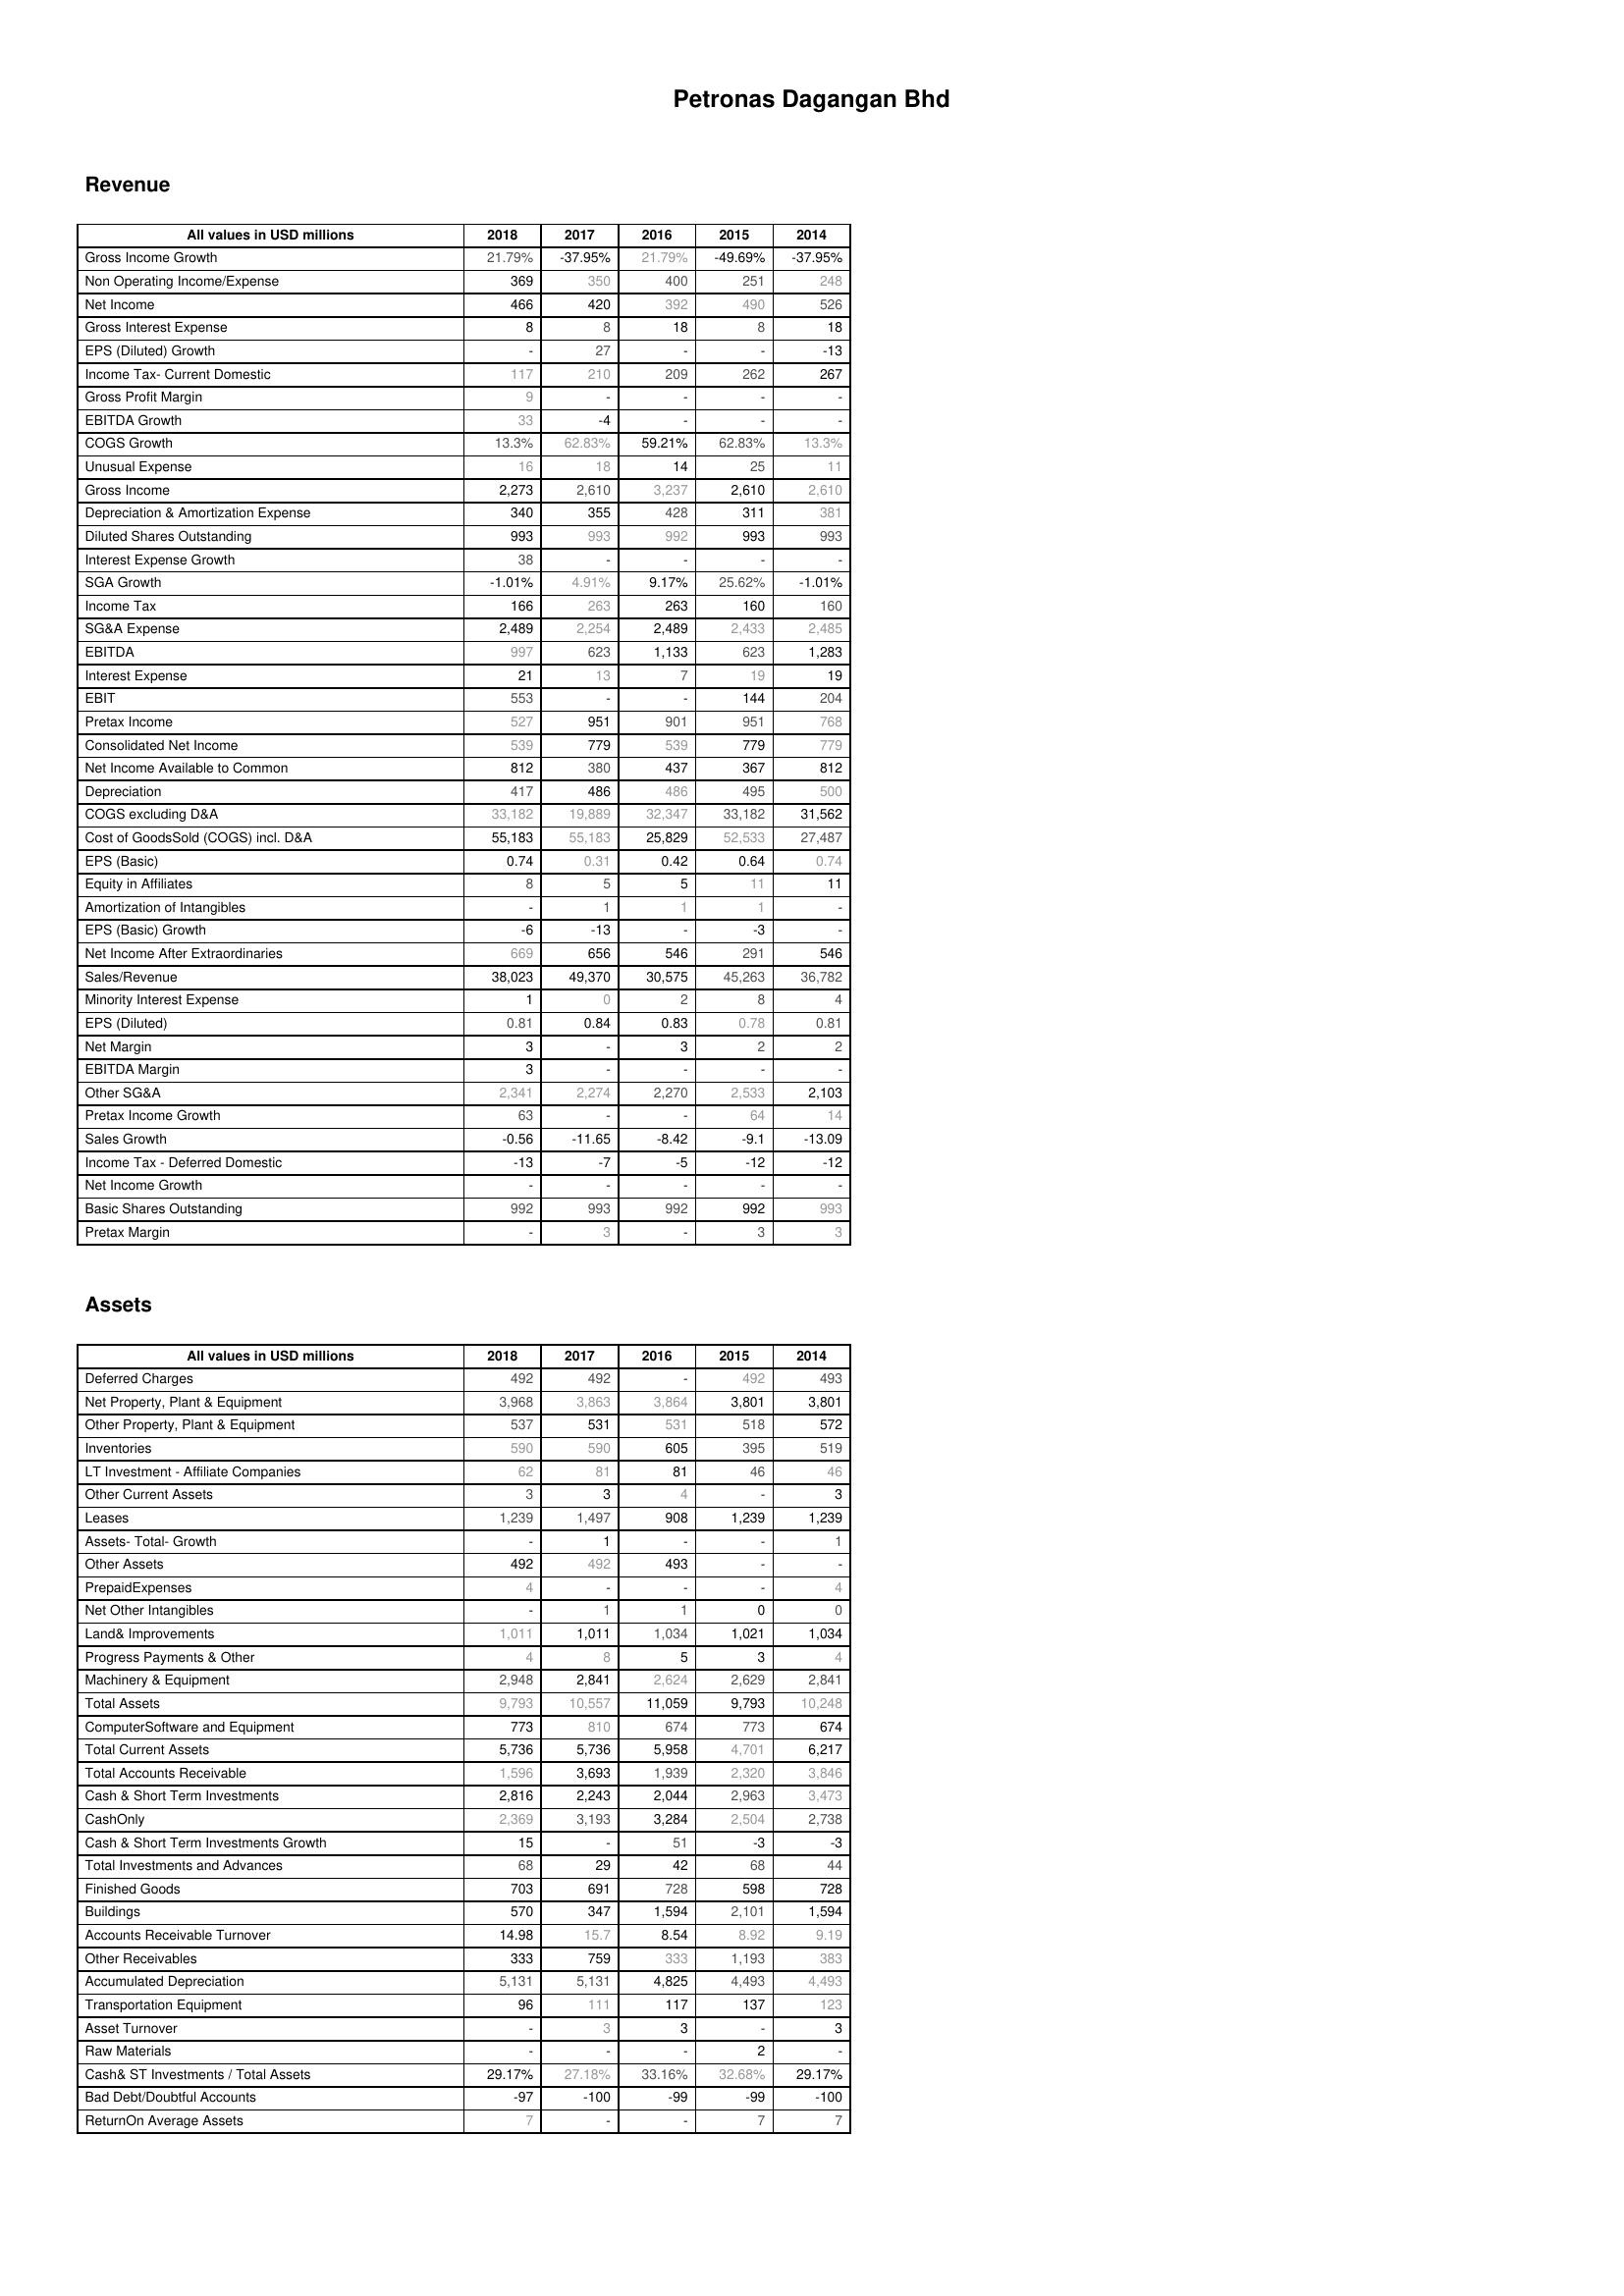
2018: Revenue: Gross Income Growth: 21.79%
Non Operating Income/Expense: 369
Net Income: 466
Gross Interest Expense: 8
EPS (Diluted) Growth: -
Income Tax- Current Domestic: 117
Gross Profit Margin: 9
EBITDA Growth: 33
COGS Growth: 13.3%
Unusual Expense: 16
Gross Income: 2,273
Depreciation & Amortization Expense: 340
Diluted Shares Outstanding: 993
Interest Expense Growth: 38
SGA Growth: -1.01%
Income Tax: 166
SG&A Expense: 2,489
EBITDA: 997
Interest Expense: 21
EBIT: 553
Pretax Income: 527
Consolidated Net Income: 539
Net Income Available to Common: 812
Depreciation: 417
COGS excluding D&A: 33,182
Cost of GoodsSold (COGS) incl. D&A: 55,183
EPS (Basic): 0.74
Equity in Affiliates: 8
Amortization of Intangibles: -
EPS (Basic) Growth: -6
Net Income After Extraordinaries: 669
Sales/Revenue: 38,023
Minority Interest Expense: 1
EPS (Diluted): 0.81
Net Margin: 3
EBITDA Margin: 3
Other SG&A: 2,341
Pretax Income Growth: 63
Sales Growth: -0.56
Income Tax - Deferred Domestic: -13
Net Income Growth: -
Basic Shares Outstanding: 992
Pretax Margin: -
Assets: Deferred Charges: 492
Net Property, Plant & Equipment: 3,968
Other Property, Plant & Equipment: 537
Inventories: 590
LT Investment - Affiliate Companies: 62
Other Current Assets: 3
Leases: 1,239
Assets- Total- Growth: -
Other Assets: 492
PrepaidExpenses: 4
Net Other Intangibles: -
Land& Improvements: 1,011
Progress Payments & Other: 4
Machinery & Equipment: 2,948
Total Assets: 9,793
ComputerSoftware and Equipment: 773
Total Current Assets: 5,736
Total Accounts Receivable: 1,596
Cash & Short Term Investments: 2,816
CashOnly: 2,369
Cash & Short Term Investments Growth: 15
Total Investments and Advances: 68
Finished Goods: 703
Buildings: 570
Accounts Receivable Turnover: 14.98
Other Receivables: 333
Accumulated Depreciation: 5,131
Transportation Equipment: 96
Asset Turnover: -
Raw Materials: -
Cash& ST Investments / Total Assets: 29.17%
Bad Debt/Doubtful Accounts: -97
ReturnOn Average Assets: 7
2017: Revenue: Gross Income Growth: -37.95%
Non Operating Income/Expense: 350
Net Income: 420
Gross Interest Expense: 8
EPS (Diluted) Growth: 27
Income Tax- Current Domestic: 210
Gross Profit Margin: -
EBITDA Growth: -4
COGS Growth: 62.83%
Unusual Expense: 18
Gross Income: 2,610
Depreciation & Amortization Expense: 355
Diluted Shares Outstanding: 993
Interest Expense Growth: -
SGA Growth: 4.91%
Income Tax: 263
SG&A Expense: 2,254
EBITDA: 623
Interest Expense: 13
EBIT: -
Pretax Income: 951
Consolidated Net Income: 779
Net Income Available to Common: 380
Depreciation: 486
COGS excluding D&A: 19,889
Cost of GoodsSold (COGS) incl. D&A: 55,183
EPS (Basic): 0.31
Equity in Affiliates: 5
Amortization of Intangibles: 1
EPS (Basic) Growth: -13
Net Income After Extraordinaries: 656
Sales/Revenue: 49,370
Minority Interest Expense: 0
EPS (Diluted): 0.84
Net Margin: -
EBITDA Margin: -
Other SG&A: 2,274
Pretax Income Growth: -
Sales Growth: -11.65
Income Tax - Deferred Domestic: -7
Net Income Growth: -
Basic Shares Outstanding: 993
Pretax Margin: 3
Assets: Deferred Charges: 492
Net Property, Plant & Equipment: 3,863
Other Property, Plant & Equipment: 531
Inventories: 590
LT Investment - Affiliate Companies: 81
Other Current Assets: 3
Leases: 1,497
Assets- Total- Growth: 1
Other Assets: 492
PrepaidExpenses: -
Net Other Intangibles: 1
Land& Improvements: 1,011
Progress Payments & Other: 8
Machinery & Equipment: 2,841
Total Assets: 10,557
ComputerSoftware and Equipment: 810
Total Current Assets: 5,736
Total Accounts Receivable: 3,693
Cash & Short Term Investments: 2,243
CashOnly: 3,193
Cash & Short Term Investments Growth: -
Total Investments and Advances: 29
Finished Goods: 691
Buildings: 347
Accounts Receivable Turnover: 15.7
Other Receivables: 759
Accumulated Depreciation: 5,131
Transportation Equipment: 111
Asset Turnover: 3
Raw Materials: -
Cash& ST Investments / Total Assets: 27.18%
Bad Debt/Doubtful Accounts: -100
ReturnOn Average Assets: -
2016: Revenue: Gross Income Growth: 21.79%
Non Operating Income/Expense: 400
Net Income: 392
Gross Interest Expense: 18
EPS (Diluted) Growth: -
Income Tax- Current Domestic: 209
Gross Profit Margin: -
EBITDA Growth: -
COGS Growth: 59.21%
Unusual Expense: 14
Gross Income: 3,237
Depreciation & Amortization Expense: 428
Diluted Shares Outstanding: 992
Interest Expense Growth: -
SGA Growth: 9.17%
Income Tax: 263
SG&A Expense: 2,489
EBITDA: 1,133
Interest Expense: 7
EBIT: -
Pretax Income: 901
Consolidated Net Income: 539
Net Income Available to Common: 437
Depreciation: 486
COGS excluding D&A: 32,347
Cost of GoodsSold (COGS) incl. D&A: 25,829
EPS (Basic): 0.42
Equity in Affiliates: 5
Amortization of Intangibles: 1
EPS (Basic) Growth: -
Net Income After Extraordinaries: 546
Sales/Revenue: 30,575
Minority Interest Expense: 2
EPS (Diluted): 0.83
Net Margin: 3
EBITDA Margin: -
Other SG&A: 2,270
Pretax Income Growth: -
Sales Growth: -8.42
Income Tax - Deferred Domestic: -5
Net Income Growth: -
Basic Shares Outstanding: 992
Pretax Margin: -
Assets: Deferred Charges: -
Net Property, Plant & Equipment: 3,864
Other Property, Plant & Equipment: 531
Inventories: 605
LT Investment - Affiliate Companies: 81
Other Current Assets: 4
Leases: 908
Assets- Total- Growth: -
Other Assets: 493
PrepaidExpenses: -
Net Other Intangibles: 1
Land& Improvements: 1,034
Progress Payments & Other: 5
Machinery & Equipment: 2,624
Total Assets: 11,059
ComputerSoftware and Equipment: 674
Total Current Assets: 5,958
Total Accounts Receivable: 1,939
Cash & Short Term Investments: 2,044
CashOnly: 3,284
Cash & Short Term Investments Growth: 51
Total Investments and Advances: 42
Finished Goods: 728
Buildings: 1,594
Accounts Receivable Turnover: 8.54
Other Receivables: 333
Accumulated Depreciation: 4,825
Transportation Equipment: 117
Asset Turnover: 3
Raw Materials: -
Cash& ST Investments / Total Assets: 33.16%
Bad Debt/Doubtful Accounts: -99
ReturnOn Average Assets: -
2015: Revenue: Gross Income Growth: -49.69%
Non Operating Income/Expense: 251
Net Income: 490
Gross Interest Expense: 8
EPS (Diluted) Growth: -
Income Tax- Current Domestic: 262
Gross Profit Margin: -
EBITDA Growth: -
COGS Growth: 62.83%
Unusual Expense: 25
Gross Income: 2,610
Depreciation & Amortization Expense: 311
Diluted Shares Outstanding: 993
Interest Expense Growth: -
SGA Growth: 25.62%
Income Tax: 160
SG&A Expense: 2,433
EBITDA: 623
Interest Expense: 19
EBIT: 144
Pretax Income: 951
Consolidated Net Income: 779
Net Income Available to Common: 367
Depreciation: 495
COGS excluding D&A: 33,182
Cost of GoodsSold (COGS) incl. D&A: 52,533
EPS (Basic): 0.64
Equity in Affiliates: 11
Amortization of Intangibles: 1
EPS (Basic) Growth: -3
Net Income After Extraordinaries: 291
Sales/Revenue: 45,263
Minority Interest Expense: 8
EPS (Diluted): 0.78
Net Margin: 2
EBITDA Margin: -
Other SG&A: 2,533
Pretax Income Growth: 64
Sales Growth: -9.1
Income Tax - Deferred Domestic: -12
Net Income Growth: -
Basic Shares Outstanding: 992
Pretax Margin: 3
Assets: Deferred Charges: 492
Net Property, Plant & Equipment: 3,801
Other Property, Plant & Equipment: 518
Inventories: 395
LT Investment - Affiliate Companies: 46
Other Current Assets: -
Leases: 1,239
Assets- Total- Growth: -
Other Assets: -
PrepaidExpenses: -
Net Other Intangibles: 0
Land& Improvements: 1,021
Progress Payments & Other: 3
Machinery & Equipment: 2,629
Total Assets: 9,793
ComputerSoftware and Equipment: 773
Total Current Assets: 4,701
Total Accounts Receivable: 2,320
Cash & Short Term Investments: 2,963
CashOnly: 2,504
Cash & Short Term Investments Growth: -3
Total Investments and Advances: 68
Finished Goods: 598
Buildings: 2,101
Accounts Receivable Turnover: 8.92
Other Receivables: 1,193
Accumulated Depreciation: 4,493
Transportation Equipment: 137
Asset Turnover: -
Raw Materials: 2
Cash& ST Investments / Total Assets: 32.68%
Bad Debt/Doubtful Accounts: -99
ReturnOn Average Assets: 7
2014: Revenue: Gross Income Growth: -37.95%
Non Operating Income/Expense: 248
Net Income: 526
Gross Interest Expense: 18
EPS (Diluted) Growth: -13
Income Tax- Current Domestic: 267
Gross Profit Margin: -
EBITDA Growth: -
COGS Growth: 13.3%
Unusual Expense: 11
Gross Income: 2,610
Depreciation & Amortization Expense: 381
Diluted Shares Outstanding: 993
Interest Expense Growth: -
SGA Growth: -1.01%
Income Tax: 160
SG&A Expense: 2,485
EBITDA: 1,283
Interest Expense: 19
EBIT: 204
Pretax Income: 768
Consolidated Net Income: 779
Net Income Available to Common: 812
Depreciation: 500
COGS excluding D&A: 31,562
Cost of GoodsSold (COGS) incl. D&A: 27,487
EPS (Basic): 0.74
Equity in Affiliates: 11
Amortization of Intangibles: -
EPS (Basic) Growth: -
Net Income After Extraordinaries: 546
Sales/Revenue: 36,782
Minority Interest Expense: 4
EPS (Diluted): 0.81
Net Margin: 2
EBITDA Margin: -
Other SG&A: 2,103
Pretax Income Growth: 14
Sales Growth: -13.09
Income Tax - Deferred Domestic: -12
Net Income Growth: -
Basic Shares Outstanding: 993
Pretax Margin: 3
Assets: Deferred Charges: 493
Net Property, Plant & Equipment: 3,801
Other Property, Plant & Equipment: 572
Inventories: 519
LT Investment - Affiliate Companies: 46
Other Current Assets: 3
Leases: 1,239
Assets- Total- Growth: 1
Other Assets: -
PrepaidExpenses: 4
Net Other Intangibles: 0
Land& Improvements: 1,034
Progress Payments & Other: 4
Machinery & Equipment: 2,841
Total Assets: 10,248
ComputerSoftware and Equipment: 674
Total Current Assets: 6,217
Total Accounts Receivable: 3,846
Cash & Short Term Investments: 3,473
CashOnly: 2,738
Cash & Short Term Investments Growth: -3
Total Investments and Advances: 44
Finished Goods: 728
Buildings: 1,594
Accounts Receivable Turnover: 9.19
Other Receivables: 383
Accumulated Depreciation: 4,493
Transportation Equipment: 123
Asset Turnover: 3
Raw Materials: -
Cash& ST Investments / Total Assets: 29.17%
Bad Debt/Doubtful Accounts: -100
ReturnOn Average Assets: 7